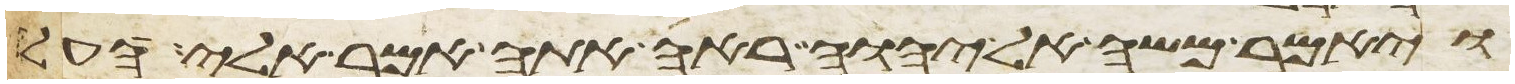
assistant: ויאמר משה אל יהוה ראה אתה אמר אלי העל